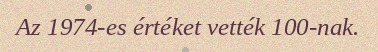
Az 1974-es értéket vették 100-nak.